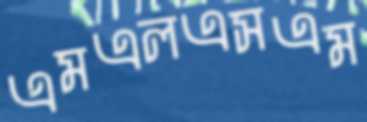
এমএলএসএম